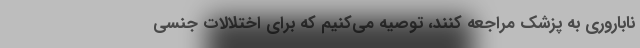
ناباروری به پزشک مراجعه کنند، توصیه می‌کنیم که برای اختلالات جنسی